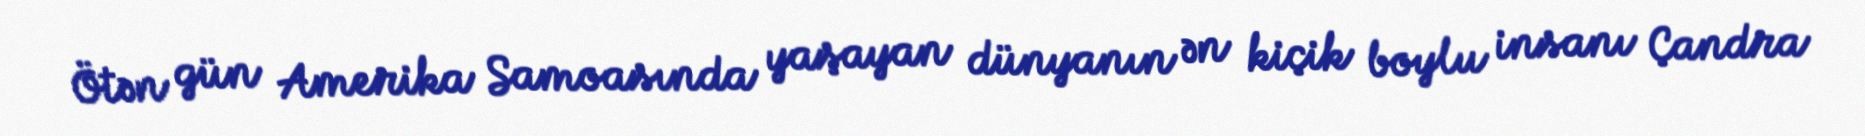
Ötən gün Amerika Samoasında yaşayan dünyanın ən kiçik boylu insanı Çandra